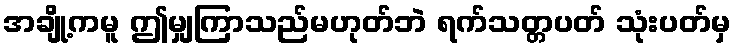
အချို့ကမူ ဤမျှကြာသည်မဟုတ်ဘဲ ရက်သတ္တပတ် သုံးပတ်မှ